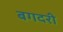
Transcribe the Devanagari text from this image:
बगदरी